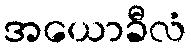
အယောခီလံ